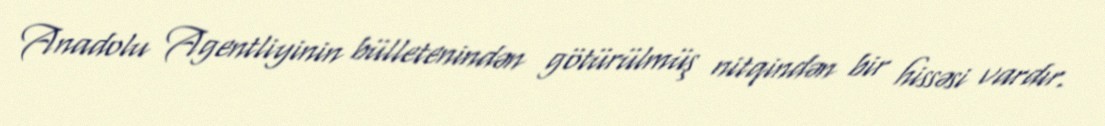
Anadolu Agentliyinin bülletenindən götürülmüş nitqindən bir hissəsi vardır.